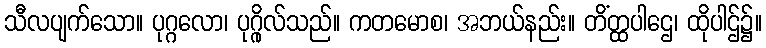
သီလပျက်သော။ ပုဂ္ဂလော၊ ပုဂ္ဂိုလ်သည်။ ကတမောစ၊ အဘယ်နည်း။ တိံတ္ထပါဌေ၊ ထိုပါဌ်၌။